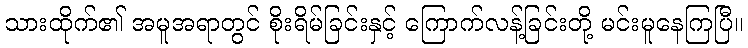
သားထိုက်၏ အမူအရာတွင် စိုးရိမ်ခြင်းနှင့် ကြောက်လန့်ခြင်းတို့ မင်းမူနေကြပြီ။